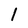
Character: 1